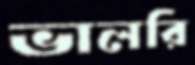
ভালরি